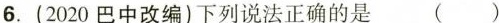
6. (2020巴中改编)下列说法正确的是 ( )